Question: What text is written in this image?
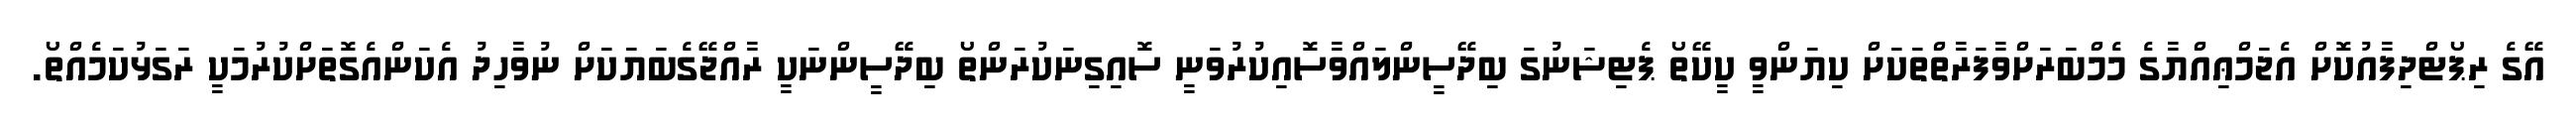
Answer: އޭގެ ރިޕޯޓްދިފާއުކޮށް އެޖަމްޢިއްޔާގެ މެމްބަރަށްވާފަރާތްތަކަށް ކިޔަންވީ ކީކޭތޯ ޕެޓިޝަނުގަ ބިދޭސީންލައްވާސޮއިކުރުވަނީ ސޮއިގިނަކުރަންތޯ ބިދޭސީންނަކީ ރާއްޖޭގެބަޔަކަށް ނުވާހިދު އެކަންއެގޮތަށްކުރުމަކީ ރަގަޅުކަމެއްތޯ.